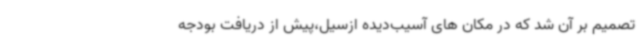
تصمیم بر آن شد که در مکان های آسیب‌دیده ازسیل،پیش از دریافت بودجه